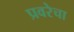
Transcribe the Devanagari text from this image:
प्रवरेचा